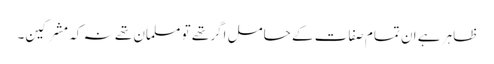
ظاہر ہے ان تمام صفات کے حامل اگر تھے تو مسلمان تھے نہ کہ مشرکین۔